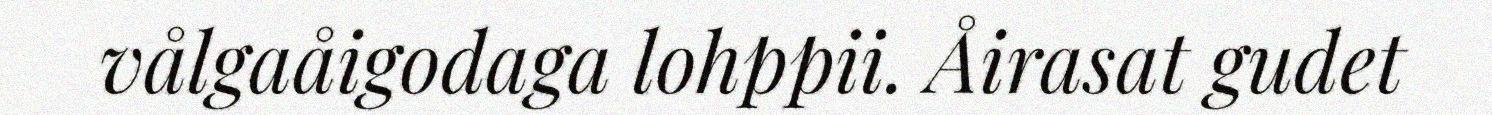
vålgaåigodaga lohppii. Åirasat gudet